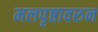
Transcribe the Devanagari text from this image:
मलपृष्ठावरुन